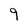
Character: 9